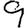
Digit: 9